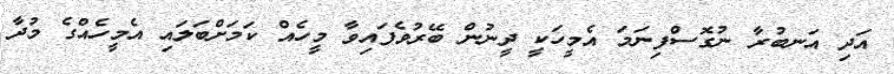
އަދި އަނބުރާ ނުގޮސްފިނަމަ އެމީހަކީ ދީނުން ބޭރުވެފައިވާ މީހެއް ކަމަށްބަލައި އެމީހެއްގެ މުދާ